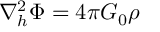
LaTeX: \nabla _ { h } ^ { 2 } \Phi = 4 \pi G _ { 0 } \rho